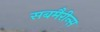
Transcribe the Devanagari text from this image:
सबमैरीन्स